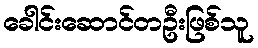
ခေါင်းဆောင်တဦးဖြစ်သူ